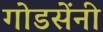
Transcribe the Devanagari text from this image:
गोडसेंनी